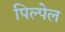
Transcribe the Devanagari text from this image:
पिल्पेल